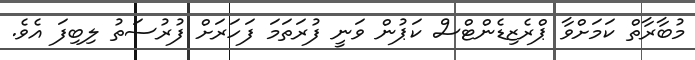
މުބާރާތް ކަމަށްވާ ޕްރެޒިޑެންޓްސް ކަޕުން ވަނީ ފުރަތަމަ ފަހަރަށް ފުރުސަތު ލިބިފަ އެވެ.